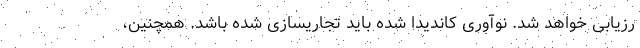
رزیابی خواهد شد. نوآوری کاندیدا شده باید تجاریسازی شده باشد. همچنین،